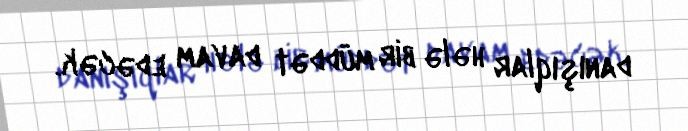
danışıqlar hələ bir müddət davam edəcək.